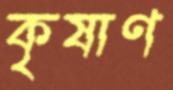
কৃষাণ